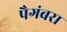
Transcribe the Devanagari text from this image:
पैगंबरा